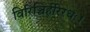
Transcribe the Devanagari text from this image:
विरिञ्चिर्हरिरधः।